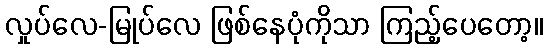
လှုပ်လေ-မြုပ်လေ ဖြစ်နေပုံကိုသာ ကြည့်ပေတော့။